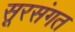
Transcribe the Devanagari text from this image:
सूरसंगत